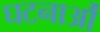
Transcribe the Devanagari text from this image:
घटनाऔं